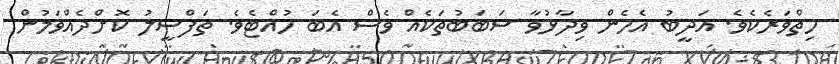
ހިތްވަރެކެވެ. އަދީބު އެހެން ވިދާޅުވާ ސަބަބުތަކެއް ވެސް އެބަ ހުއްޓެވެ. ތަފްސީލު ކޮށްދެއްވަމުން